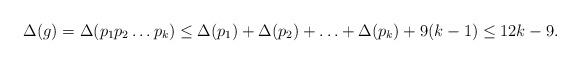
LaTeX: \begin{align*}\Delta(g)= \Delta(p_1p_2 \ldots p_k) \leq \Delta(p_1)+\Delta(p_2)+ \ldots +\Delta(p_k)+9(k-1) \leq 12k-9.\end{align*}